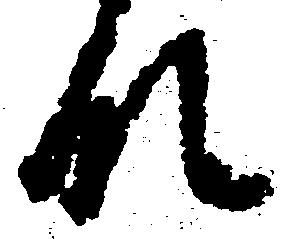
な